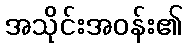
အသိုင်းအဝန်း၏